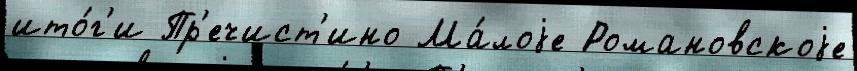
ито́г'и Пр'ечист'ино Ма́лоjе Романовскоjе